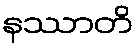
နဿာတိ